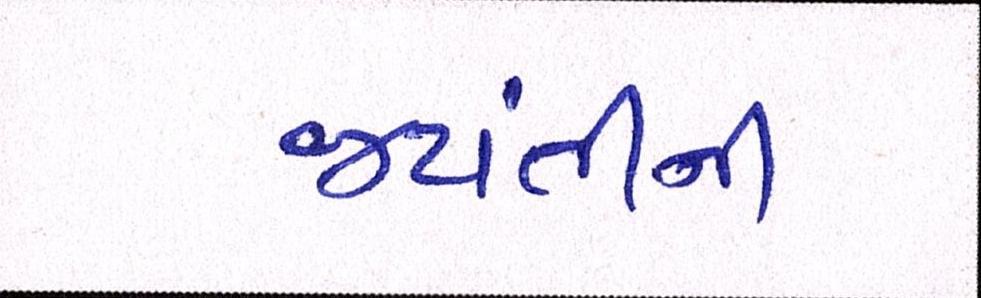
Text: જયંતીની